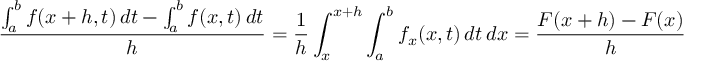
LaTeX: { \frac { \int _ { a } ^ { b } f ( x + h , t ) \, d t - \int _ { a } ^ { b } f ( x , t ) \, d t } { h } } = { \frac { 1 } { h } } \int _ { x } ^ { x + h } \int _ { a } ^ { b } f _ { x } ( x , t ) \, d t \, d x = { \frac { F ( x + h ) - F ( x ) } { h } }